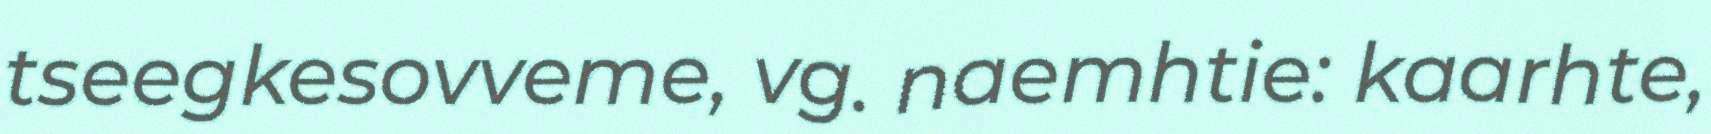
tseegkesovveme, vg. naemhtie: kaarhte,